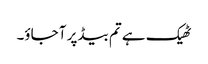
ٹھیک ہے تم بیڈ پر آ جاؤ۔